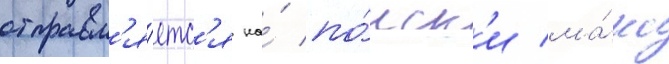
отправл'я́етс'я на́ по́иск'и ма́кс